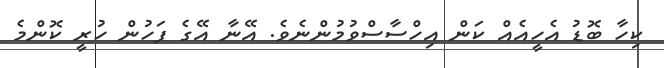
ކިހާ ބޮޑު އެހީއެއް ކަން އިހްސާސްވުމުންނެވެ. އޭނާ އޭގެ ފަހުން ހުރީ ކޮންމެ